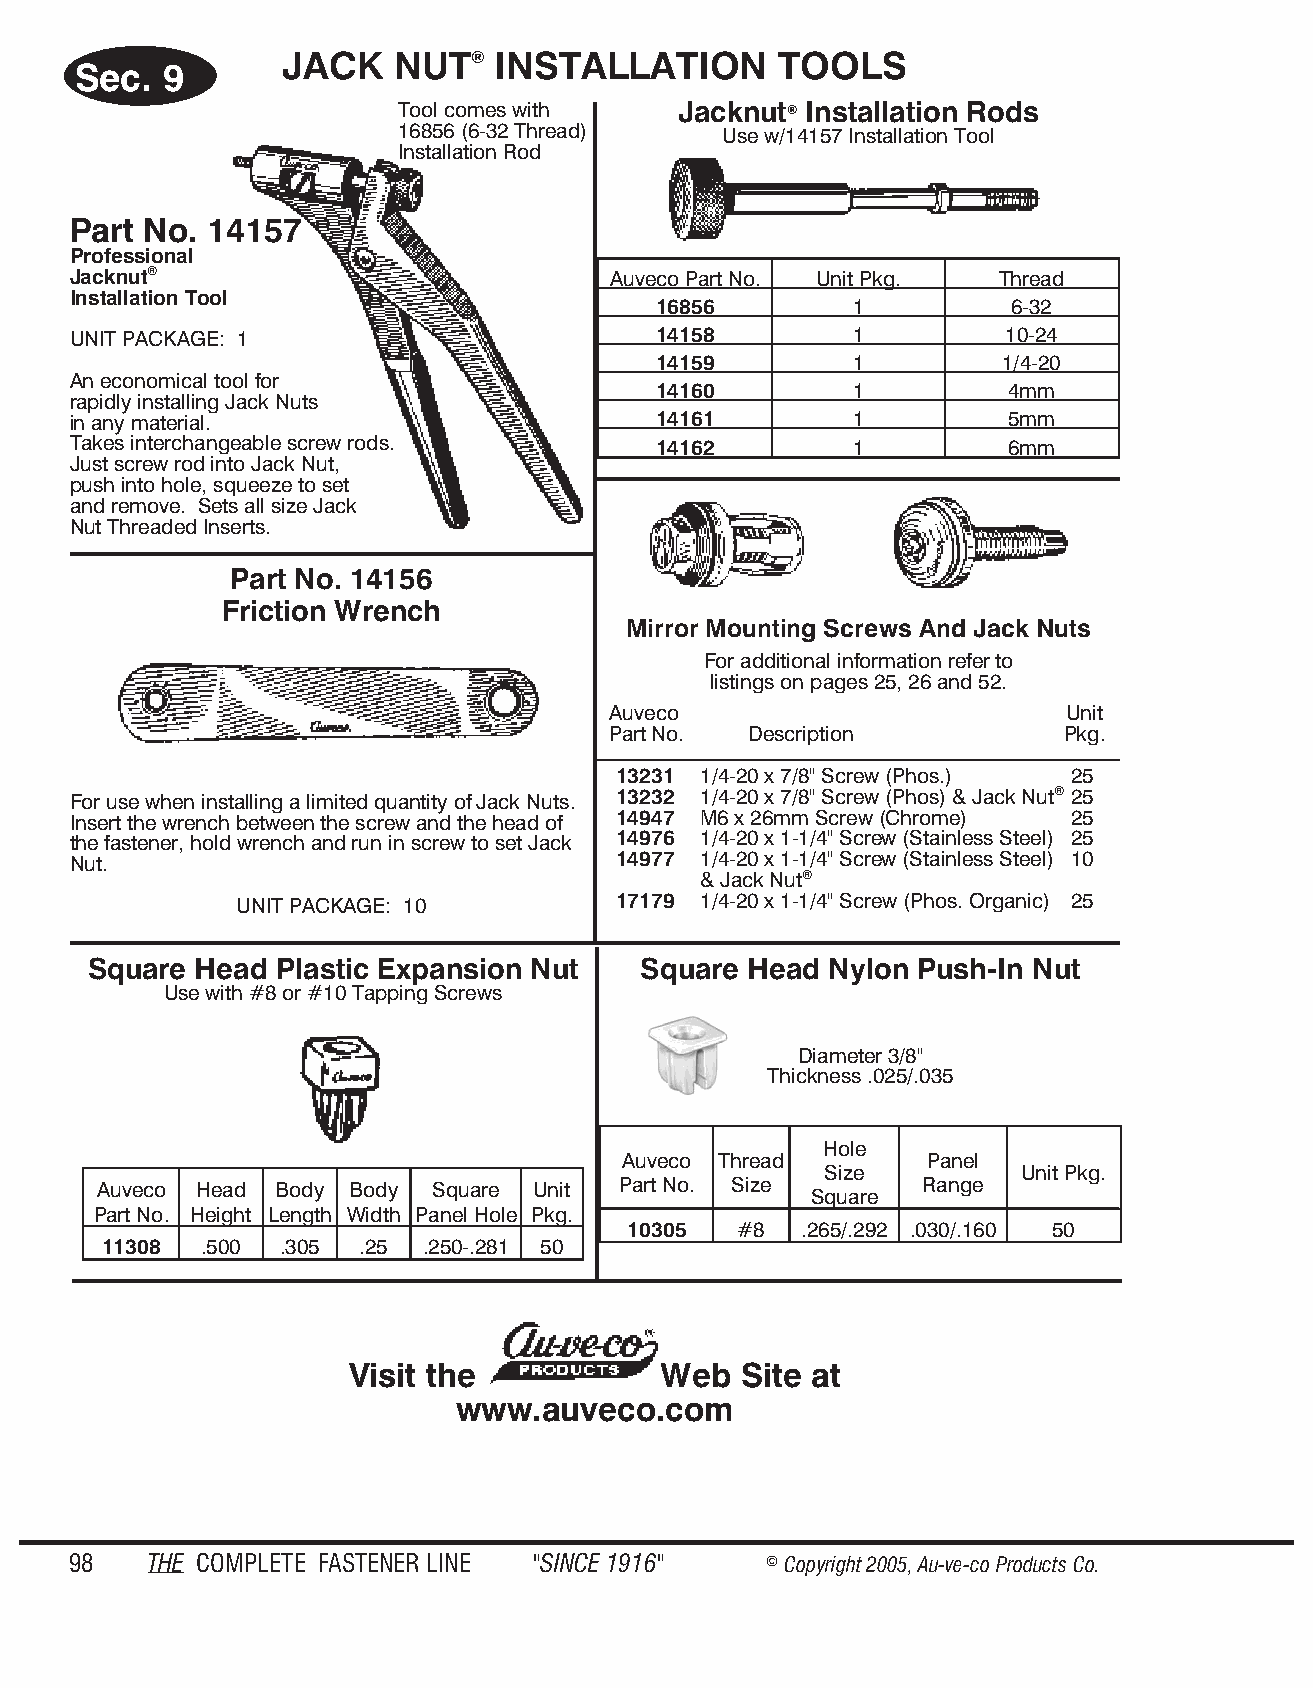
JACK   NUT®   INSTALLATION       TOOLS
 Sec.  9
 Tool comes with   Jacknut® Installation Rods
 16856 (6-32 Thread)  Use w/14157 Installation Tool
 Installation Rod
 Part No. 14157
 Professional
 Jacknut®                            Auveco Part No. Unit Pkg. Thread
 Installation Tool
 16856        1         6-32
 UNIT PACKAGE: 1                        14158        1         10-24
 14159        1         1/4-20
 An economical tool for
 14160        1         4mm
 rapidly installing Jack Nuts
 in any material.                       14161        1         5mm
 Takes interchangeable screw rods.      14162        1         6mm
 Just screw rod into Jack Nut,
 push into hole, squeeze to set
 and remove. Sets all size Jack
 Nut Threaded Inserts.
 Part No. 14156
 Friction Wrench
 Mirror Mounting Screws And Jack Nuts
 For additional information refer to
 listings on pages 25, 26 and 52.
 Auveco                        Unit
 Part No. Description          Pkg.
 13231 1/4-20 x 7/8" Screw (Phos.) 25
 For use when installing a limited quantity of Jack Nuts. 13232 1/4-20 x 7/8" Screw (Phos) & Jack Nut® 25
 Insert the wrench between the screw and the head of 14947 M6 x 26mm Screw (Chrome) 25
 the fastener, hold wrench and run in screw to set Jack 14976 1/4-20 x 1-1/4" Screw (Stainless Steel) 25
 Nut.                                14977 1/4-20 x 1-1/4" Screw (Stainless Steel) 10
 & Jack Nut®
 UNIT PACKAGE: 10         17179 1/4-20 x 1-1/4" Screw (Phos. Organic) 25
 Square Head  Plastic Expansion Nut   Square Head Nylon Push-In Nut
 Use with #8 or #10 Tapping Screws
 Diameter 3/8"
 Thickness .025/.035
 Hole
 Auveco Thread        Panel
 Size         Unit Pkg.
 Auveco Head Body Body Square Unit Part No. Size       Range
 Square
 Part No. Height Length Width Panel Hole Pkg.
 10305  #8  .265/.292 .030/.160 50
 11308  .500 .305 .25 .250-.281 50
 Visit the            Web  Site at
 www.auveco.com
 98   THE COM PLETE FAST ENER LINE "SINCE 1916" © Copyr ight 2005, Au-ve-co Produ cts Co.